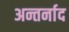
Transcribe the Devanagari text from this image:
अन्तर्नाद